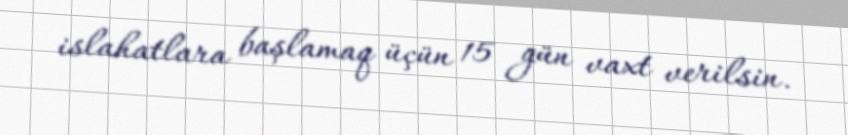
islahatlara başlamaq üçün 15 gün vaxt verilsin.